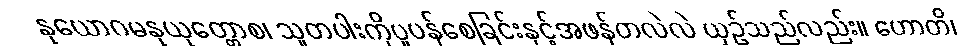
နုယောဂမနုယုတ္တောစ၊ သူတပါးကိုပူပန်စေခြင်းနှင့်အဖန်တလဲလဲ ယှဉ်သည်လည်း။ ဟောတိ၊